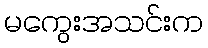
မကွေးအသင်းက